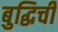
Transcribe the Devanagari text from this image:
बुद्धिची